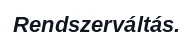
Rendszerváltás.